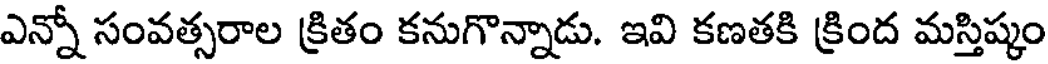
ఎన్నో సంవత్సరాల క్రితం కనుగొన్నాడు. ఇవి కణతకి క్రింద మస్తిష్కం